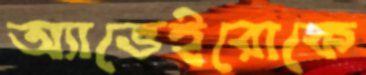
অ্যাভেইরোকে